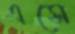
এসে